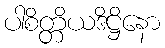
ပါစိတ္တိယဒိဋ္ဌိနော